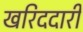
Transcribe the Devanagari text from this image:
खरिददारी